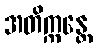
အတိက္ကန္တေ